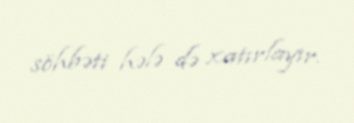
söhbəti hələ də xatırlayır.